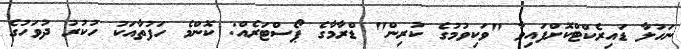
ނަހުލާ ޑައިރެކްްޓްކޮށްފައިވާ "ވަކިވުމުގެ ކުރިން" ޑްރާމާގެ ޕޯސްޓަރެއް: ކޮންމެ ހަފުތާއަކު ހުކުރު ދުވަހުގެ